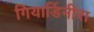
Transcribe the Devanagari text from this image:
गियार्डिनीरा